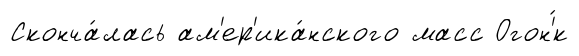
Сконча́лась ам'ер'ика́нского масс Огон'́к